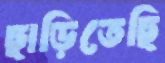
ছাড়িতেছি